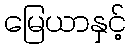
မြေယာနှင့်